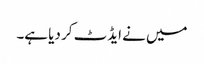
میں نے ایڈٹ کر دیا ہے۔